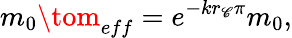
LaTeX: m_{0}\tom_{eff}=e^{-kr_{\mathscr{C}}\pi}m_{0},